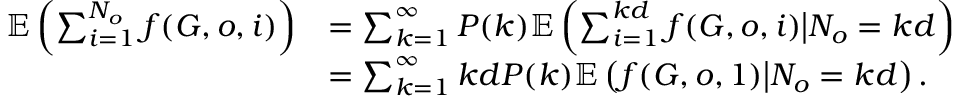
\begin{array} { r l } { \mathbb { E } \left( \sum _ { i = 1 } ^ { N _ { o } } f ( G , o , i ) \right) } & { = \sum _ { k = 1 } ^ { \infty } P ( k ) \mathbb { E } \left( \sum _ { i = 1 } ^ { k d } f ( G , o , i ) \big | N _ { o } = k d \right) } \\ & { = \sum _ { k = 1 } ^ { \infty } k d P ( k ) \mathbb { E } \left( f ( G , o , 1 ) \big | N _ { o } = k d \right) . } \end{array}